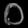
Digit: ၀